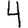
Digit: 4